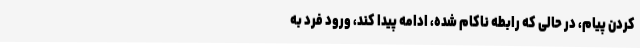
کردن پیام، در حالی که رابطه ناکام شده، ادامه پیدا کند، ورود فرد به